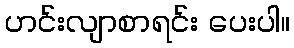
ဟင်းလျာစာရင်း ပေးပါ။